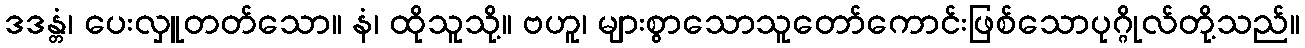
ဒဒန္တံ၊ ပေးလှူတတ်သော။ နံ၊ ထိုသူသို့။ ဗဟူ၊ များစွာသောသူတော်ကောင်းဖြစ်သောပုဂ္ဂိုလ်တို့သည်။